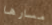
مسارها